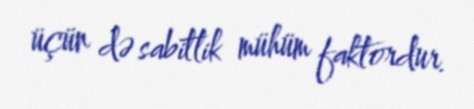
üçün də sabitlik mühüm faktordur.